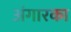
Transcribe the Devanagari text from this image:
अंगारका